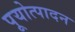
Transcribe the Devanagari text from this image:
पूयोत्पादन